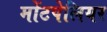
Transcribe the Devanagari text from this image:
मोंटपेलियर